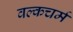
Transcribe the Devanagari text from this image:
वल्कचर्म